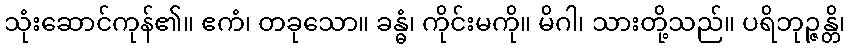
သုံးဆောင်ကုန်၏။ ဧကံ၊ တခုသော။ ခန္ဓံ၊ ကိုင်းမကို။ မိဂါ၊ သားတို့သည်။ ပရိဘုဉ္ဇန္တိ၊